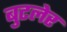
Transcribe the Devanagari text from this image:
बुटलेर